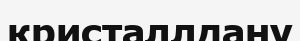
кристаллдану